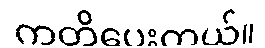
ကတိပေးတယ်။